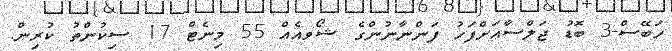
ހަބޭސް-3 ބޮޑު ޖަލްސާއަށްފަހު ފަންނާނުންގެ ޝޯވއެއް 55 މިނެޓް 17 ސިކުންތު ކުރިން.